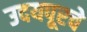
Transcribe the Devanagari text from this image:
उदयपूरचे